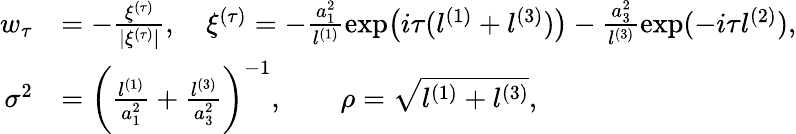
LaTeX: \begin{array}{rl}{w_{\tau}}&{=-\frac{\xi^{(\tau)}}{|\xi^{(\tau)}|},\quad\xi^{(\tau)}=-\frac{a_{1}^{2}}{l^{(1)}}\exp\bigl(i\tau(l^{(1)}+l^{(3)})\bigr)-\frac{a_{3}^{2}}{l^{(3)}}\exp(-i\tau l^{(2)}),}\\ {\sigma^{2}}&{=\biggl(\frac{l^{(1)}}{a_{1}^{2}}+\frac{l^{(3)}}{a_{3}^{2}}\biggr)^{-1},\qquad\rho=\sqrt{l^{(1)}+l^{(3)}},}\end{array}